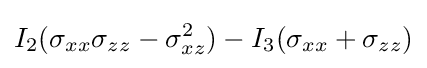
I_{2}(\sigma _{xx}\sigma _{zz}-\sigma _{xz}^{2})-I_{3}(\sigma _{xx}+\sigma _{zz})